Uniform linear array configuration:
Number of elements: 12
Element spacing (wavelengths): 0.5
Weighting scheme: hann
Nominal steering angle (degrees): -30
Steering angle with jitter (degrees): -31.541
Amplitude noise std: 0.05
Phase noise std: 0.05

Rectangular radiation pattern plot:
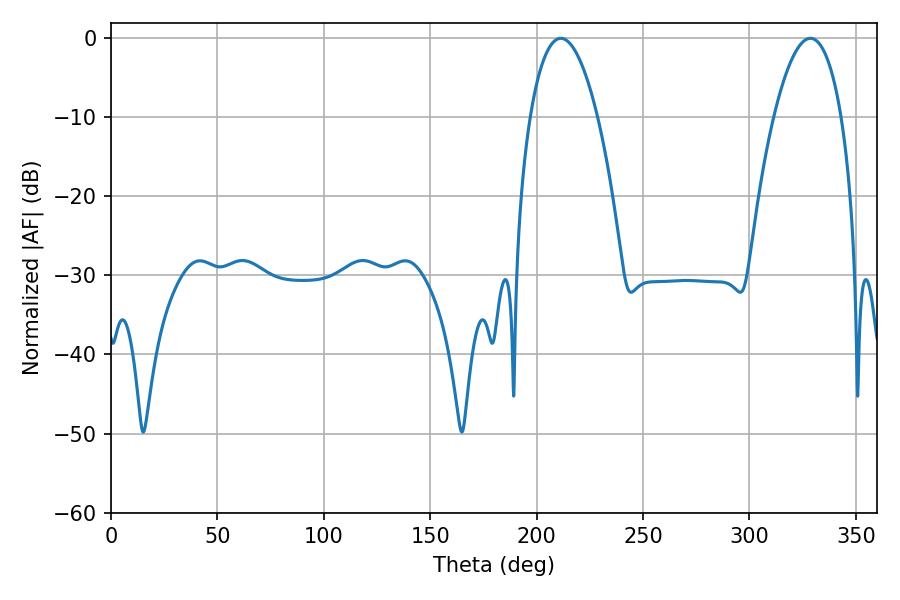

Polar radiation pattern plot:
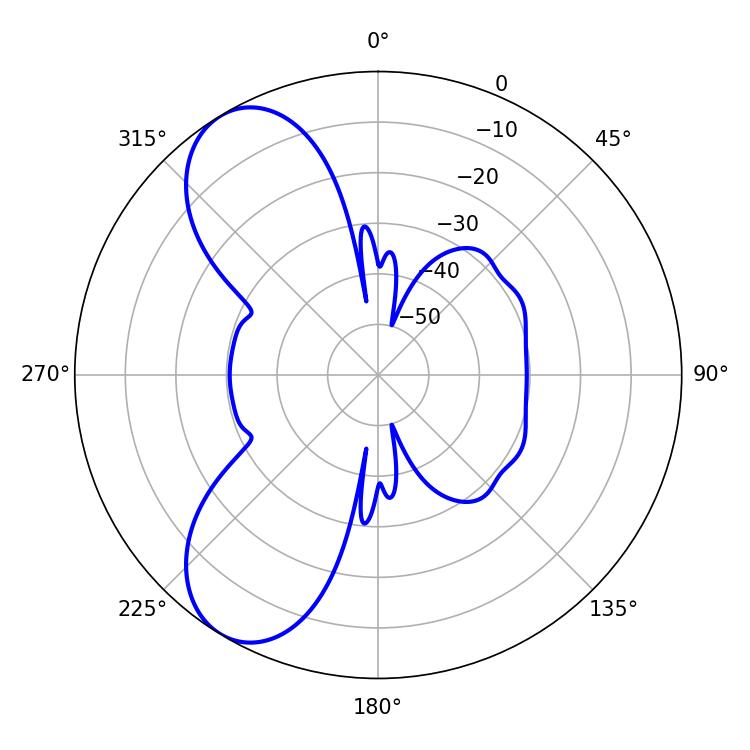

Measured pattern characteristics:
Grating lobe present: FALSE
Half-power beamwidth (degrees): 17.64
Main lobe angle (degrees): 328.68